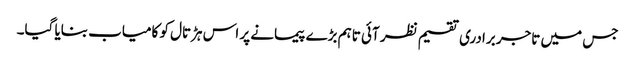
جس میں تاجر برادری تقسیم نظر آئی تاہم بڑے پیمانے پر اس ہڑتال کو کامیاب بنایا گیا۔